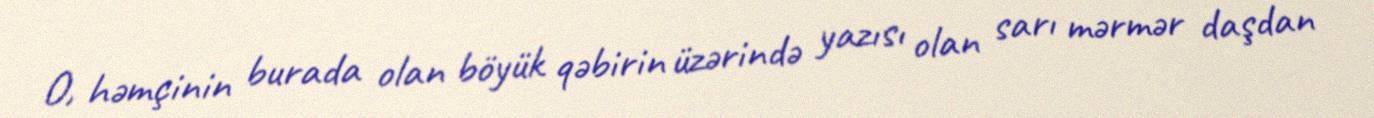
O, həmçinin burada olan böyük qəbirin üzərində yazısı olan sarı mərmər daşdan